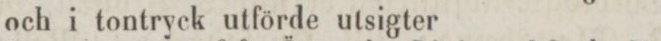
och i tontryck utförde utsigter 12: ”